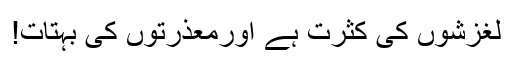
لغزشوں کی کثرت ہے اورمعذرتوں کی بہتات!